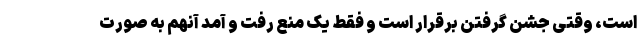
است، وقتی جشن گرفتن برقرار است و فقط یک منع رفت و آمد آنهم به صورت